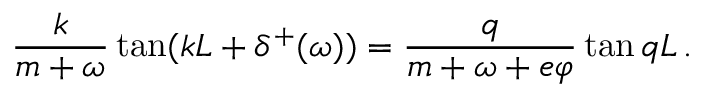
\frac { k } { m + \omega } \tan ( k L + \delta ^ { + } ( \omega ) ) = \frac { q } { m + \omega + e \varphi } \tan q L \, .